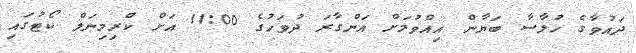
ދައުވާގެ ހުލާސާ ބަޔާން އިއްވުމަށް އަންގާރަ ދުވަހުގެ 11:00 އަށް ކްރިމިނަލް ކޯޓުގައި